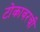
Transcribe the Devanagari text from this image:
टोकावरची